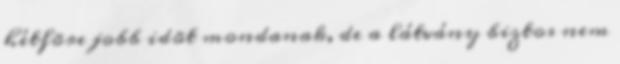
hétfõre jobb idõt mondanak, de a látvány biztos nem